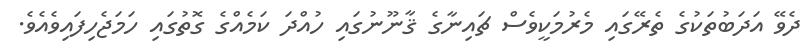
ދެވޭ އަދަބުތަކުގެ ތެރޭގައި މެރުމަކީވެސް ޗައިނާގެ ޤާނޫނުގައި ހުއްދަ ކަމެއްގެ ގޮތުގައި ހަމަޖެހިފައިވެއެވެ.